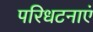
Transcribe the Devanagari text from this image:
परिधटनाएं